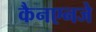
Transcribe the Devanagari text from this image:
कैनएनजे